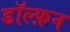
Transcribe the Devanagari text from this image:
डॉल्फ़न